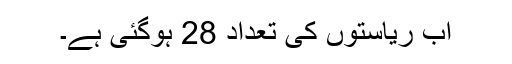
اب ریاستوں کی تعداد 28 ہوگئی ہے۔